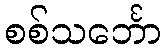
စစ်သင်္ဘော